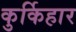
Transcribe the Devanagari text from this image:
कुर्किहार